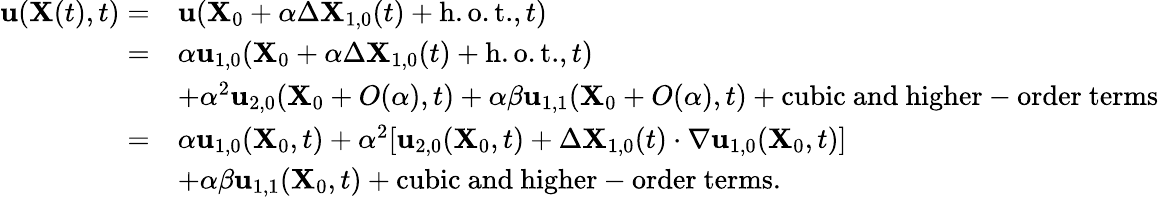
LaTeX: \begin{array}{rl}{\mathbf{u}(\mathbf{X}(t),t)=}&{\mathbf{u}(\mathbf{X}_{0}+\alpha\Delta\mathbf{X}_{1,0}(t)+\mathrm{h.o.t.},t)}\\ {=}&{\alpha\mathbf{u}_{1,0}(\mathbf{X}_{0}+\alpha\Delta\mathbf{X}_{1,0}(t)+\mathrm{h.o.t.},t)}\\ &{+\alpha^{2}\mathbf{u}_{2,0}(\mathbf{X}_{0}+O(\alpha),t)+\alpha\beta\mathbf{u}_{1,1}(\mathbf{X}_{0}+O(\alpha),t)+\mathrm{cubic~and~higher-order~terms}}\\ {=}&{\alpha\mathbf{u}_{1,0}(\mathbf{X}_{0},t)+\alpha^{2}[\mathbf{u}_{2,0}(\mathbf{X}_{0},t)+\Delta\mathbf{X}_{1,0}(t)\cdot\nabla\mathbf{u}_{1,0}(\mathbf{X}_{0},t)]}\\ &{+\alpha\beta\mathbf{u}_{1,1}(\mathbf{X}_{0},t)+\mathrm{cubic~and~higher-order~terms}.}\end{array}